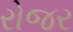
રોજર